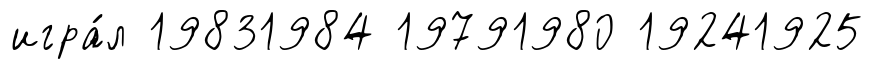
игра́л 19831984 19791980 19241925